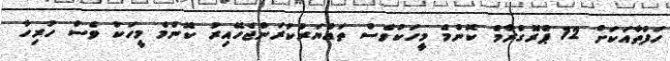
ހަފުތާއަކަށް 12 ޕްރޮގްރާމް ކޮންމެ މީހަކުވެސް ތައްޔަރުކުރަންޖެހޭއިރު ކޮންމެ މީހަކު ވެސް ހުރިހާ